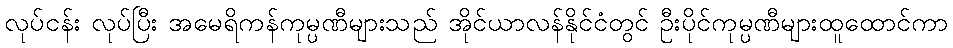
လုပ်ငန်း လုပ်ပြီး အမေရိကန်ကုမ္ပဏီများသည် အိုင်ယာလန်နိုင်ငံတွင် ဦးပိုင်ကုမ္ပဏီများထူထောင်ကာ